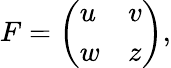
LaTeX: F=\left(\begin{array}{ll}{u}&{v}\\ {w}&{z}\end{array}\right),